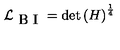
\mathcal { L } _ { \textrm { B I } } = \det \left( H \right) ^ { \frac { 1 } { 4 } }